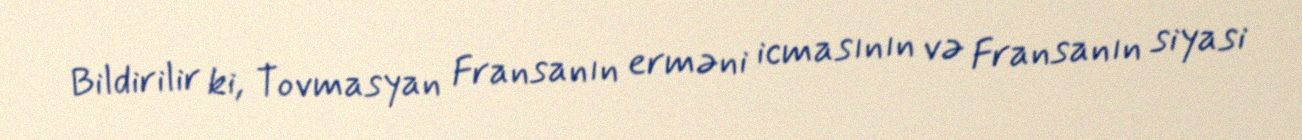
Bildirilir ki, Tovmasyan Fransanın erməni icmasının və Fransanın siyasi